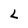
Character: L